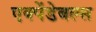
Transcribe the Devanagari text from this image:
एक्पेंडेबल्स